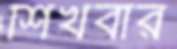
শিখবার